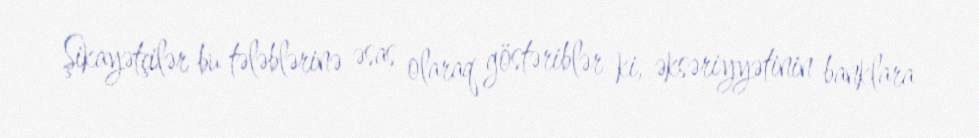
Şikayətçilər bu tələblərinə əsas olaraq göstəriblər ki, əksəriyyətinin banklara